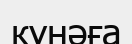
күнәға